Report on vaccination North-West Frontier Province 1904-1922 - 1904-1922
Year: 1904
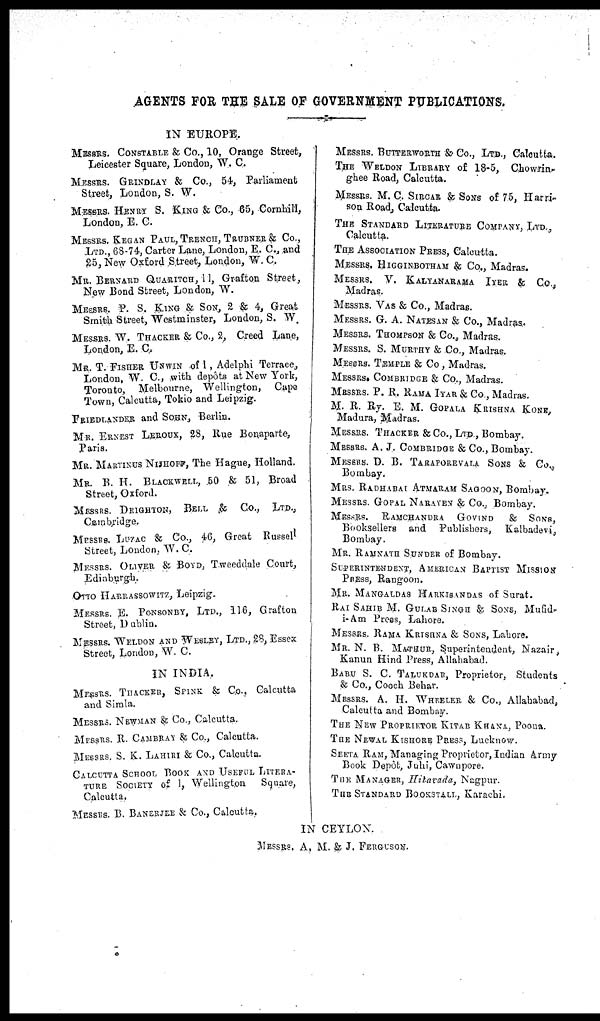
AGENTS FOR THE SALE OF GOVERNMENT PUBLICATIONS.
IN EUROPE.
MESSRS. CONSTABLE & CO., 10, Orange Street,
Leicester Square, London, W. C.
MESSRS. GRINDLAY & CO., 54, Parliament
Street, London, S. W.
MESSRS. HENRY S. KING & CO., 65, Cornhill,
London, E. C.
MESSRS. KEGAN PAUL, TRENCH, TRUBNER & CO.,
LTD., 68-74, Carter Lane, London, E. C., and
25, New Oxford Street, London, W. C.
MR. BERNARD QUARITCH, 11, Grafton Street,
New Bond Street, London, W.
MESSRS. P. S. KING & SON, 2 & 4, Great
Smith Street, Westminster, London, S. W.
MESSRS. W. TRACKER & CO., 2, Creed Lane,
London, E. C.
MR. T. FISHER UNWIN of 1, Adelphi Terrace,
London, W. C., with depôts at New York,
Toronto, Melbourne, Wellington, Cape
Town, Calcutta, Tokio and Leipzig.
FRIEDLANDER and SOHN, Berlin.
MR. ERNEST LEROUX, 28, Rue Bonaparte,
Paris.
MR. MARTINUS NIJHOFF, The Hague, Holland.
MR. B. H. BLACKWELL, 50 & 51, Broad
Street, Oxford.
MESSRS. DEIGHTON, BELL & CO., LTD.,
Cambridge.
MESSRS. LUZAC & CO., 46, Great Russell
Street, London. W. C.
MESSRS. OLIVER & BOYD, Tweeddale Court,
Edinburgh.
OTTO HARRASSOWITZ, Leipzig.
MESSRS. E. PONSONBY, LTD., 116, Grafton
Street, Dublin.
MESSRS. WELDON AND WESLEY, LTD., 28, Essex
Street, London, W. C.
IN INDIA.
MESSRS. THACKER, SPINK & CO., Calcutta
and Simla.
MESSRS. NEWMAN & CO., Calcutta.
MESSRS. R. CAMBRAY & CO., Calcutta.
MESSRS. S. K. LAHIRI & CO., Calcutta.
CALCUTTA SCHOOL BOOK AND USEFUL LITERA¬
---- SOCIETY of 1, Wellington
Square,
Calcutta.
MESSRS. B. BANERJEE & CO., Calcutta.
MESSRS. BUTTERWORTH & CO., LTD., Calcutta.
THE WELDON LIBRARY of 18-5, Chowrin¬
ghee Road, Calcutta.
MESSRS. M. C. SIRCAR & SONS of 75, Harri-
son Road, Calcutta.
THE STANDARD LITERATURE COMPANY, LTD.,
Calcutta.
THE ASSOCIATION PRESS, Calcutta.
MESSRS. HIGGINBOTHAM & CO., Madras.
MESSRS. V. KALYANARAMA IYER & CO.,
Madras.
MESSRS. VAS & CO., Madras.
MESSRS. G. A. NATESAN & CO., Madras.
MESSRS. THOMPSON & CO., Madras.
MESSRS. S. MURTHY & CO., Madras.
MESSRS. TEMPLE & Co , Madras.
MESSRS. COMBRIDGE & CO., Madras.
MESSRS. P. R. RAMA IYAR & CO., Madras.
M. R. Ry. E. M. GOPALA KRISHNA KONE,
Madura, Madras.
MESSRS. THACKER & CO., LTD , Bombay.
MESSRS. A. J. COMBRIDGE & CO., Bombay.
MESSRS. D. B. TARAPOREVALA SONS & CO.,
Bombay.
MRS. RADHABAI ATMARAM SAGOON, Bombay.
MESSRS. GOPAL NARAYEN & CO., Bombay.
MESSRS. RAMCHANDRA GOVIND & SONS,
Booksellers and Publishers, Kalbadevi,
Bombay.
MR. RAMNATH SUNDAR of Bombay.
SUPERINTENDENT, AMERICAN BAPTIST MISSION
PRESS, Rangoon.
MR. MANGALDAS HARKISANDAS of Surat.
RAI SAHIB M. GULAB SINGH & SONS, Mufid-
i-Am Press, Lahore.
MESSRS. RAMA KRISHNA & SONS, Lahore.
MR. N. B. MATHUR, Superintendent, Nazair
Kanun Hind Press, Allahabad.
BABU S. C. TALUKDAR, Proprietor, Students
& CO., Cooch Behar.
MESSRS. A. H. WHEELER & CO., Allahabad,
Calcutta and Bombay.
THE NEW PROPRIETOR KITAB KHANA, Poona.
THE NEWAL KISHORE PRESS, Lucknow.
SEETA RAM, Managing Proprietor, Indian Army
Book Depôt, Juhi, Cawnpore.
THE MANAGER, Hitavada, Nagpur.
THE STANDARD BOOKSTALL, Karachi.
IN CEYLON.
MESSRS. A, M. & J. FERGUSAN.